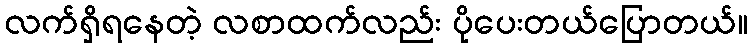
လက်ရှိရနေတဲ့ လစာထက်လည်း ပိုပေးတယ်ပြောတယ်။